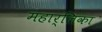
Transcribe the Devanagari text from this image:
महार्लिका